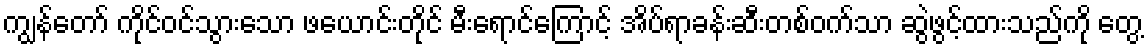
ကျွန်တော် ကိုင်ဝင်သွားသော ဖယောင်းတိုင် မီးရောင်ကြောင့် အိပ်ရာခန်းဆီးတစ်ဝက်သာ ဆွဲဖွင့်ထားသည်ကို တွေ့